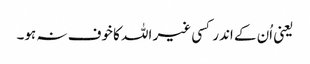
یعنی اُن کے اندر کسی غیر اللہ کا خوف نہ ہو۔